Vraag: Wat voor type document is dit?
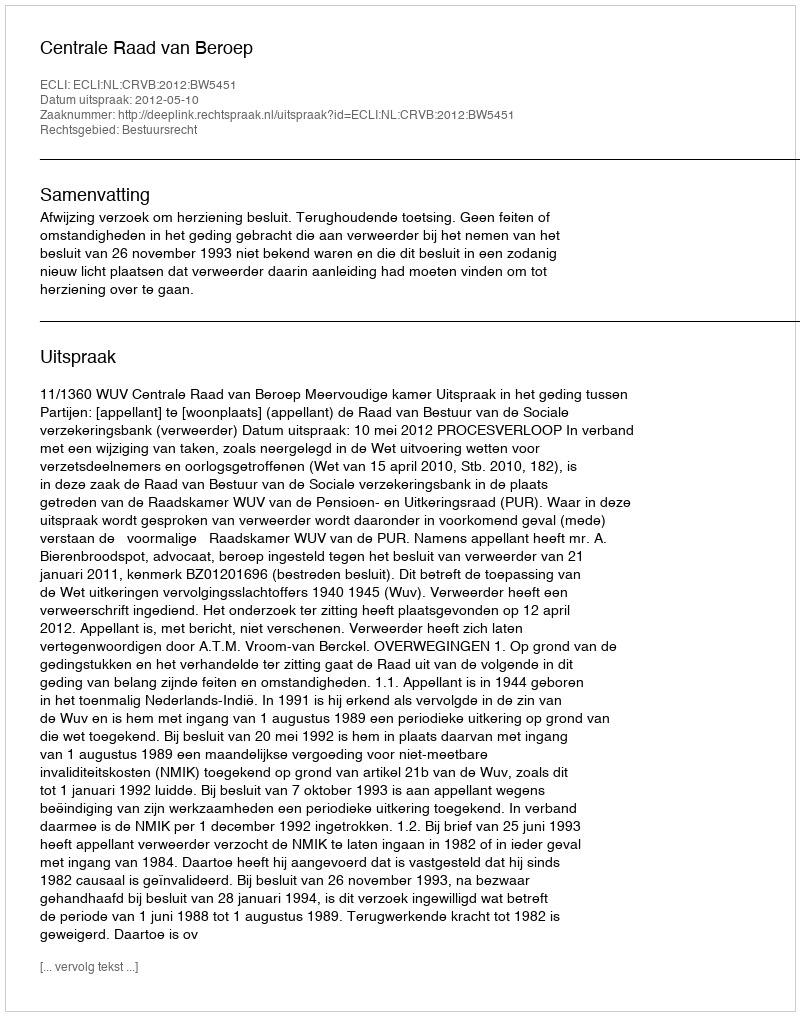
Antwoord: Uitspraak